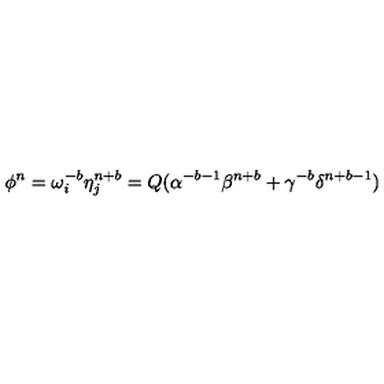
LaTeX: \phi ^ { n } = \omega _ { i } ^ { - b } \eta _ { j } ^ { n + b } = Q ( \alpha ^ { - b - 1 } \beta ^ { n + b } + \gamma ^ { - b } \delta ^ { n + b - 1 } )